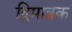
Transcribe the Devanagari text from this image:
द्विमात्रक